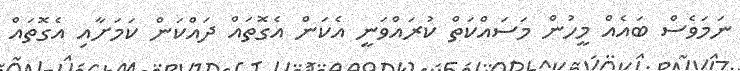
ނަމަވެސް ބައެއް މީހުން މަސައްކަތް ކުރައްވަނީ އެކަން އެގޮތައް ދައްކަން ކަމަށާއި އެގޮތައް